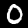
Label: 0